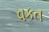
વકત